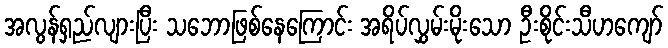
အလွန်ရှည်လျားပြီး သဘောဖြစ်နေကြောင်း အရိပ်လွှမ်းမိုးသော ဦးစိုင်းသီဟကျော်